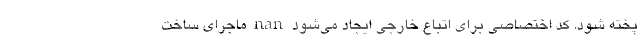
پخته شود. کد اختصاصی برای اتباع خارجی ایجاد می‌شود nan ماجرای ساخت